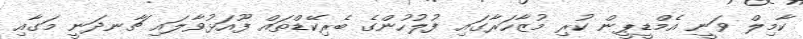
ކާމިލް ވަނީ އެމްޑީޕީން ކުރި މުޒާހަރާގައި ފުލުހުންގެ ބެރިކޭޑްތައް ފޫއަޅުވާލައި ޗާނދަނީ މަގާއި